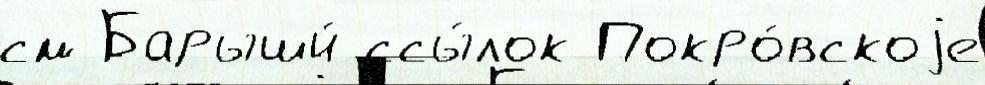
см Барыши́ ссы́лок Покро́вскоjе